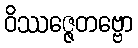
ဝိဿဇ္ဇေတဗ္ဗော